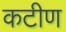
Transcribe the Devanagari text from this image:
कटीण